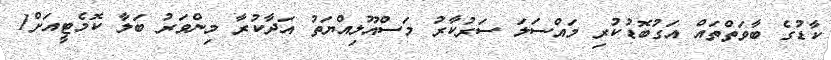
ކާޑުގެ ބާވަތްތައް އަގުބޮޑުކުރި މައްސަލަ ސަރުކާރު މަސްއޫލިއްޔަތު އަދާކުރާ މިންވަރު ބަލާ ކޮމެޓީއަށް1